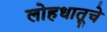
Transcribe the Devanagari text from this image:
लोहधातूचे